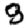
Digit: 9